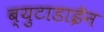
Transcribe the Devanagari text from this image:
ब्युटाडाईन